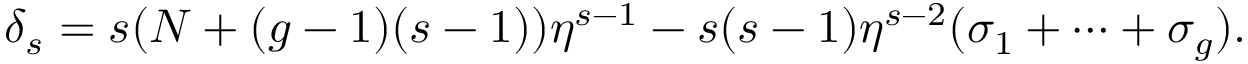
\delta _ { s } = s ( N + ( g - 1 ) ( s - 1 ) ) \eta ^ { s - 1 } - s ( s - 1 ) \eta ^ { s - 2 } ( \sigma _ { 1 } + \cdots + \sigma _ { g } ) .